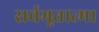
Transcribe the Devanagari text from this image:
सर्वभूतात्मा